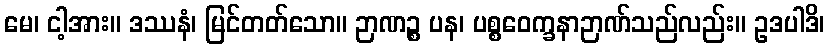
မေ၊ ငါ့အား။ ဒဿနံ၊ မြင်တတ်သော။ ဉာဏဉ္စ ပန၊ ပစ္စဝေက္ခနာဉာဏ်သည်လည်း။ ဥဒပါဒိ၊